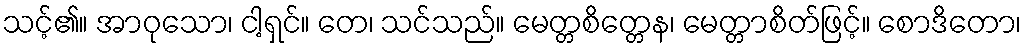
သင့်၏။ အာဝုသော၊ ငါ့ရှင်။ တေ၊ သင်သည်။ မေတ္တစိတ္တေန၊ မေတ္တာစိတ်ဖြင့်။ စောဒိတော၊